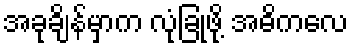
အခုချိန်မှာက လုံခြုံဖို့ အဓိကလေ